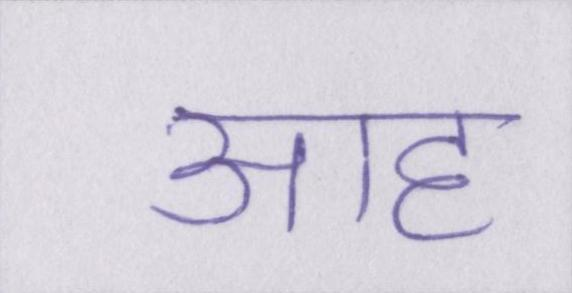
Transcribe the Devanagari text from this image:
आह